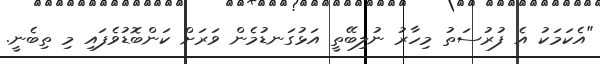
"އެކަމަކު އެ ފުރުސަތު މިހާރު ނުލިބޭތީ އަޅުގަނޑުމެން ވަރަށް ކަންބޮޑުވެފައި މި ތިބެނީ.